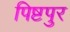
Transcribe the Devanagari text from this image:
पिष्टपुर